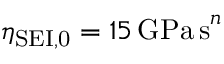
\eta _ { \mathrm { S E I , 0 } } = 1 5 \, \mathrm { G P a \, s } ^ { n }